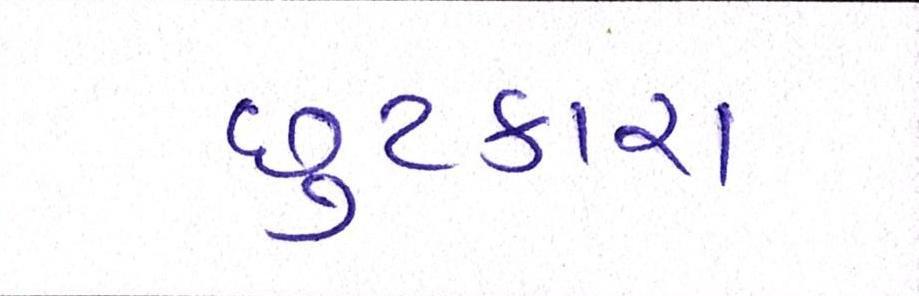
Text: છુટકારા